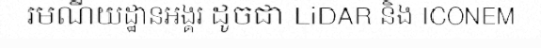
រមណីយដ្ឋានអង្គរ ដូចជា LiDAR និង ICONEM